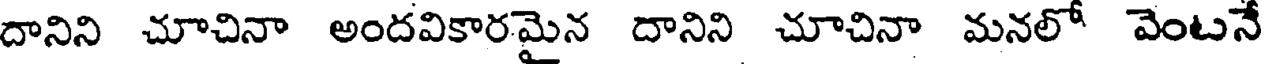
దానిని చూచినా అందవికారమైన దానిని చూచినా మనలో వెంటనే